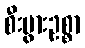
စီးပွားဥစ္စာ